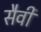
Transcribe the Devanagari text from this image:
सैवी